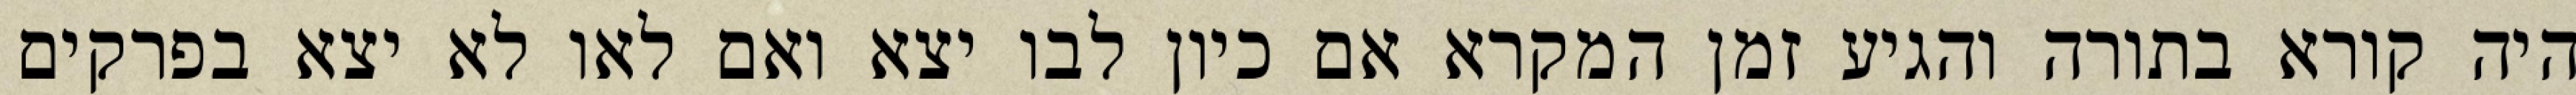
היה קורא בתורה והגיע זמן המקרא אם כיון לבו יצא ואם לאו לא יצא בפרקים